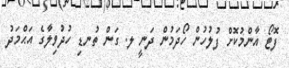
ފޮޓޯ އާންމުކޮށް ފުލުހުން ހޯދަމުން ދަނީ ލ. ގަން ތުނޑި ހުދުވިލާގެ އަޙްމަދު